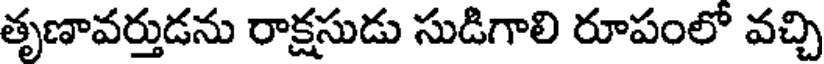
తృణావర్తుడను రాక్షసుడు సుడిగాలి రూపంలో వచ్చి